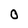
Character: O